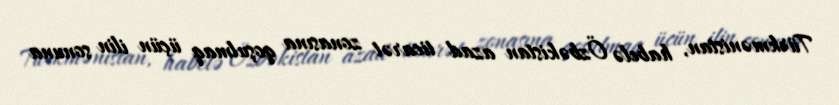
Türkmənistan, habelə Özbəkistan azad ticarət zonasına qoşulmaq üçün ilin sonuna